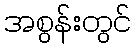
အစွန်းတွင်